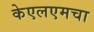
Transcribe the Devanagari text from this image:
केएलएमचा